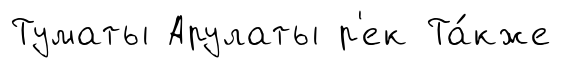
Туматы Арулаты р'ек Та́кже